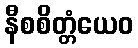
နီစစိတ္တံယေဝ